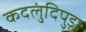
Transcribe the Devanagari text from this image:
कदलुंदिपुड़ा